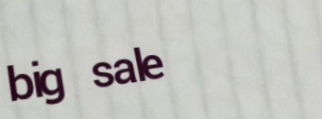
big sale